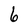
Character: 6